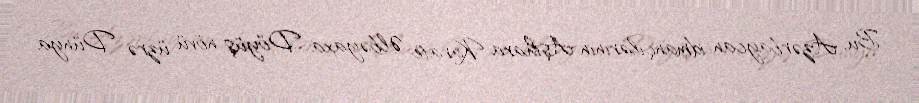
Bu, Azərbaycan idmançılarının Aşihara Karate Əlbəyaxa Döyüş növü üzrə Dünya